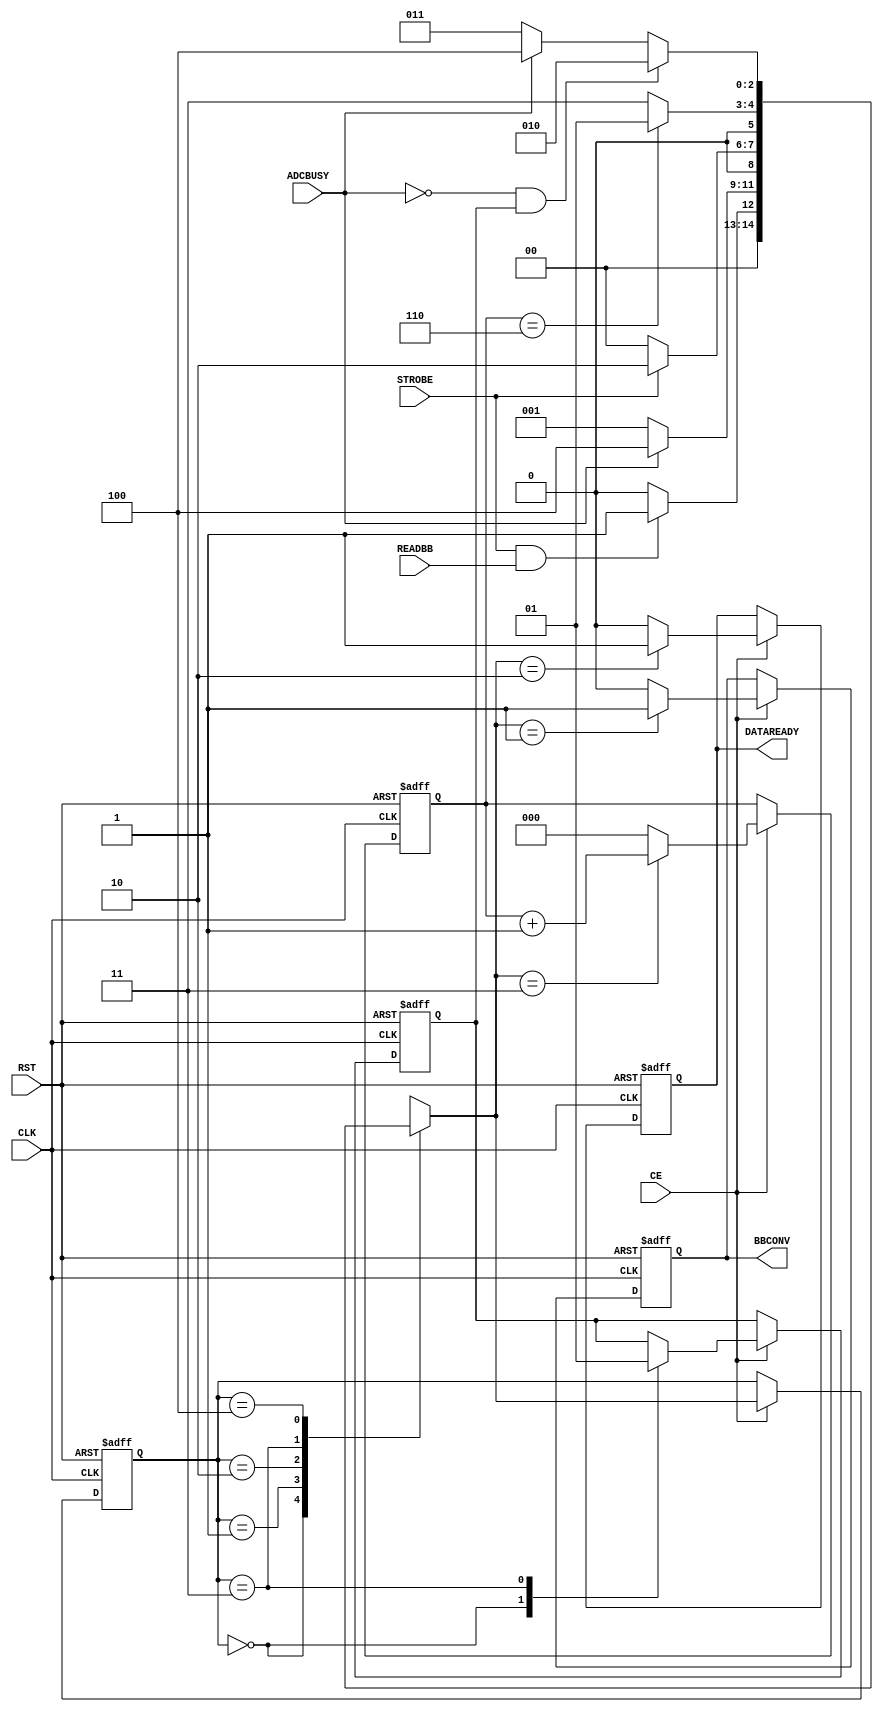

// Created by fizzim_tmr.pl version $Revision: 4.44 on 2015:04:03 at 17:15:44 (www.fizzim.com)

module BB_adc_ce_FSM (
  output reg BBCONV,
  output reg DATAREADY,
  input ADCBUSY,
  input CLK,
  input CE,
  input READBB,
  input RST,
  input STROBE 
);

  // state bits
  parameter 
  Idle      = 3'b000, 
  Conv      = 3'b001, 
  Data      = 3'b010, 
  Pause     = 3'b011, 
  Wait_Busy = 3'b100; 

  reg [2:0] state;


  reg [2:0] nextstate;


  reg [2:0] hold;
  reg scnd;
  reg next_scnd;

  // comb always block
  always @* begin
    nextstate = 3'bxxx; // default to x because default_state_is_x is set
    next_scnd = scnd;
    case (state)
      Idle     : begin
                                             next_scnd = 0;
        if               (STROBE && READBB)  nextstate = Conv;
        else                                 nextstate = Idle;
      end
      Conv     : if      (ADCBUSY)           nextstate = Wait_Busy;
                 else                        nextstate = Conv;
      Data     : if      (!STROBE)           nextstate = Idle;
                 else                        nextstate = Data;
      Pause    : begin
                                             next_scnd = 1;
        if               (hold == 3'd6)      nextstate = Conv;
        else                                 nextstate = Pause;
      end
      Wait_Busy: if      (!ADCBUSY && scnd)  nextstate = Data;
                 else if (!ADCBUSY)          nextstate = Pause;
                 else                        nextstate = Wait_Busy;
    endcase
  end

  // Assign reg'd outputs to state bits

  // sequential always block
  always @(posedge CLK or posedge RST) begin
    if (RST) begin
      state <= Idle;
      scnd <= 0;
    end
    else
		if(CE) begin
			state <= nextstate;
			scnd <= next_scnd;
		 end
  end

  // datapath sequential always block
  always @(posedge CLK or posedge RST) begin
    if (RST) begin
      BBCONV <= 0;
      DATAREADY <= 0;
      hold <= 0;
    end
    else
		if(CE) begin
			BBCONV <= 0; // default
			DATAREADY <= 0; // default
			hold <= 0; // default
			case (nextstate)
			  Conv     : BBCONV <= 1;
			  Data     : DATAREADY <= 1;
			  Pause    : hold <= hold + 1;
			endcase
		 end
  end

  // This code allows you to see state names in simulation
  `ifndef SYNTHESIS
  reg [71:0] statename;
  always @* begin
    case (state)
      Idle     : statename = "Idle";
      Conv     : statename = "Conv";
      Data     : statename = "Data";
      Pause    : statename = "Pause";
      Wait_Busy: statename = "Wait_Busy";
      default  : statename = "XXXXXXXXX";
    endcase
  end
  `endif

endmodule